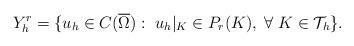
LaTeX: \begin{align*}Y^{r}_{h} = \{u_{h} \in C(\overline{\Omega}):\; u_{h}|_{K} \in P_{r}(K), \; \forall \; K \in \mathcal{T}_{h}\}.\end{align*}